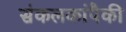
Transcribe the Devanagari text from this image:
संकलकांपैकी